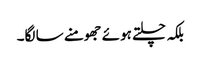
بلکہ چلتے ہوئے جھومنے سا لگا۔